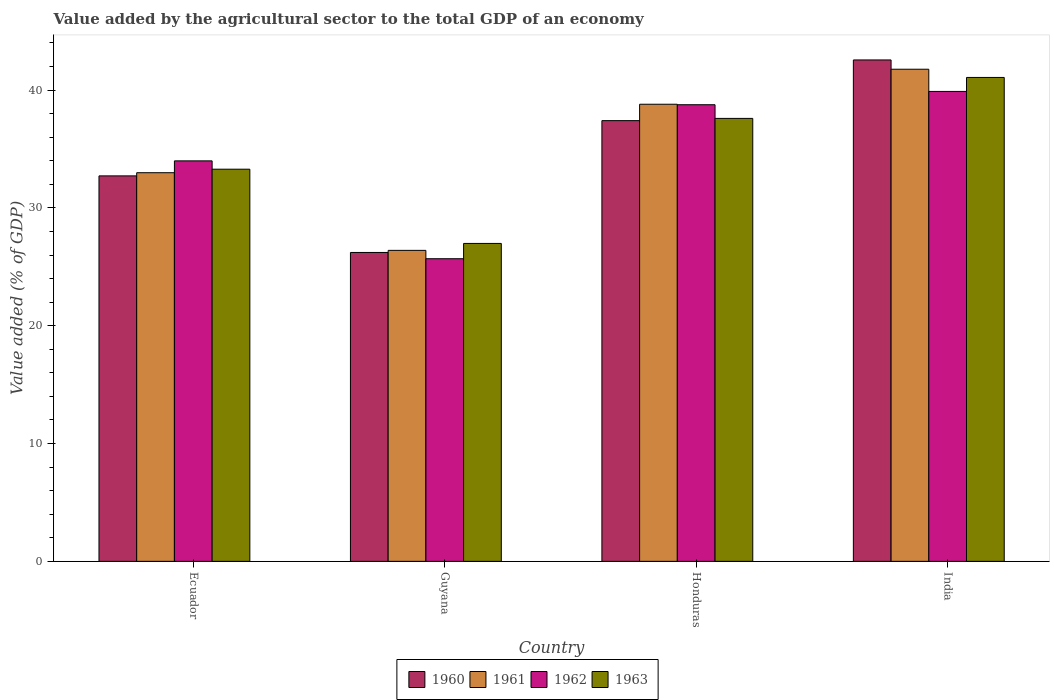
| Country | 1960 | 1961 | 1962 | 1963 |
 | --- | --- | --- | --- | --- |
 | Ecuador | 32.7 | 33 | 34 | 33.3 |
 | Guyana | 26.2 | 26.4 | 25.7 | 27 |
 | Honduras | 37.4 | 38.8 | 38.8 | 37.6 |
 | India | 42.6 | 41.8 | 39.9 | 41.1 |